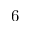
6